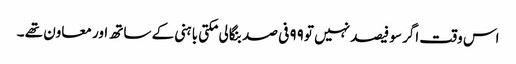
اس وقت اگر سو فیصد نہیں تو ۹۹ فی صد بنگالی مکتی باہنی کے ساتھ اور معاون تھے ۔